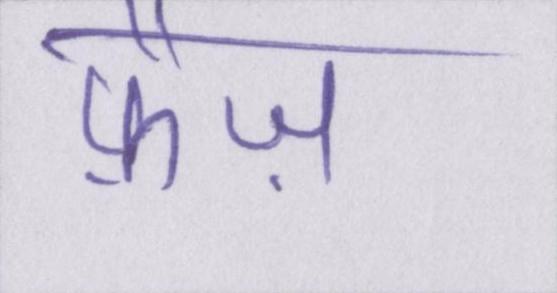
फ़ैज़